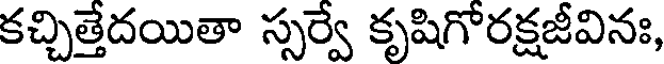
కచ్చిత్తేదయితా స్సర్వే కృషిగోరక్షజీవినః,